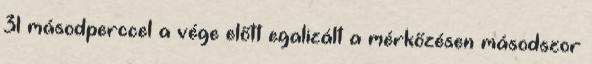
31 másodperccel a vége előtt egalizált a mérkőzésen másodszor